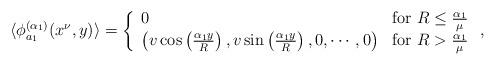
LaTeX: \begin{align*}\langle\phi_{a_1}^{(\alpha_1)}(x^\nu,y)\rangle=\left\{\begin{array}{lr}0& \mbox{for $R\leq\frac{\alpha_1}{\mu}$}\\\left(v\cos\left(\frac{\alpha_1y}{R}\right),v\sin\left(\frac{\alpha_1y}{R}\right),0,\cdots,0\right)& \mbox{for $R>\frac{\alpha_1}{\mu}$}\end{array}\right.,\end{align*}